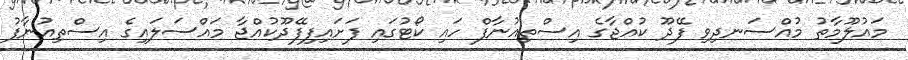
މައުލޫމާތު މުއްސަނދިވި ފޭދޫ ކުއްޖާގެ އިސްތިއުނާފް ހައި ކޯޓުގައި ފަށައިފިފޭދޫކުއްޖާ މައްސަލައިގެ އިސްތިއުނާފު